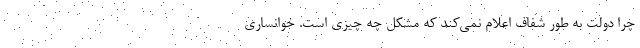
چرا دولت به طور شفاف اعلام نمی‌کند که مشکل چه چیزی است. خوانساری